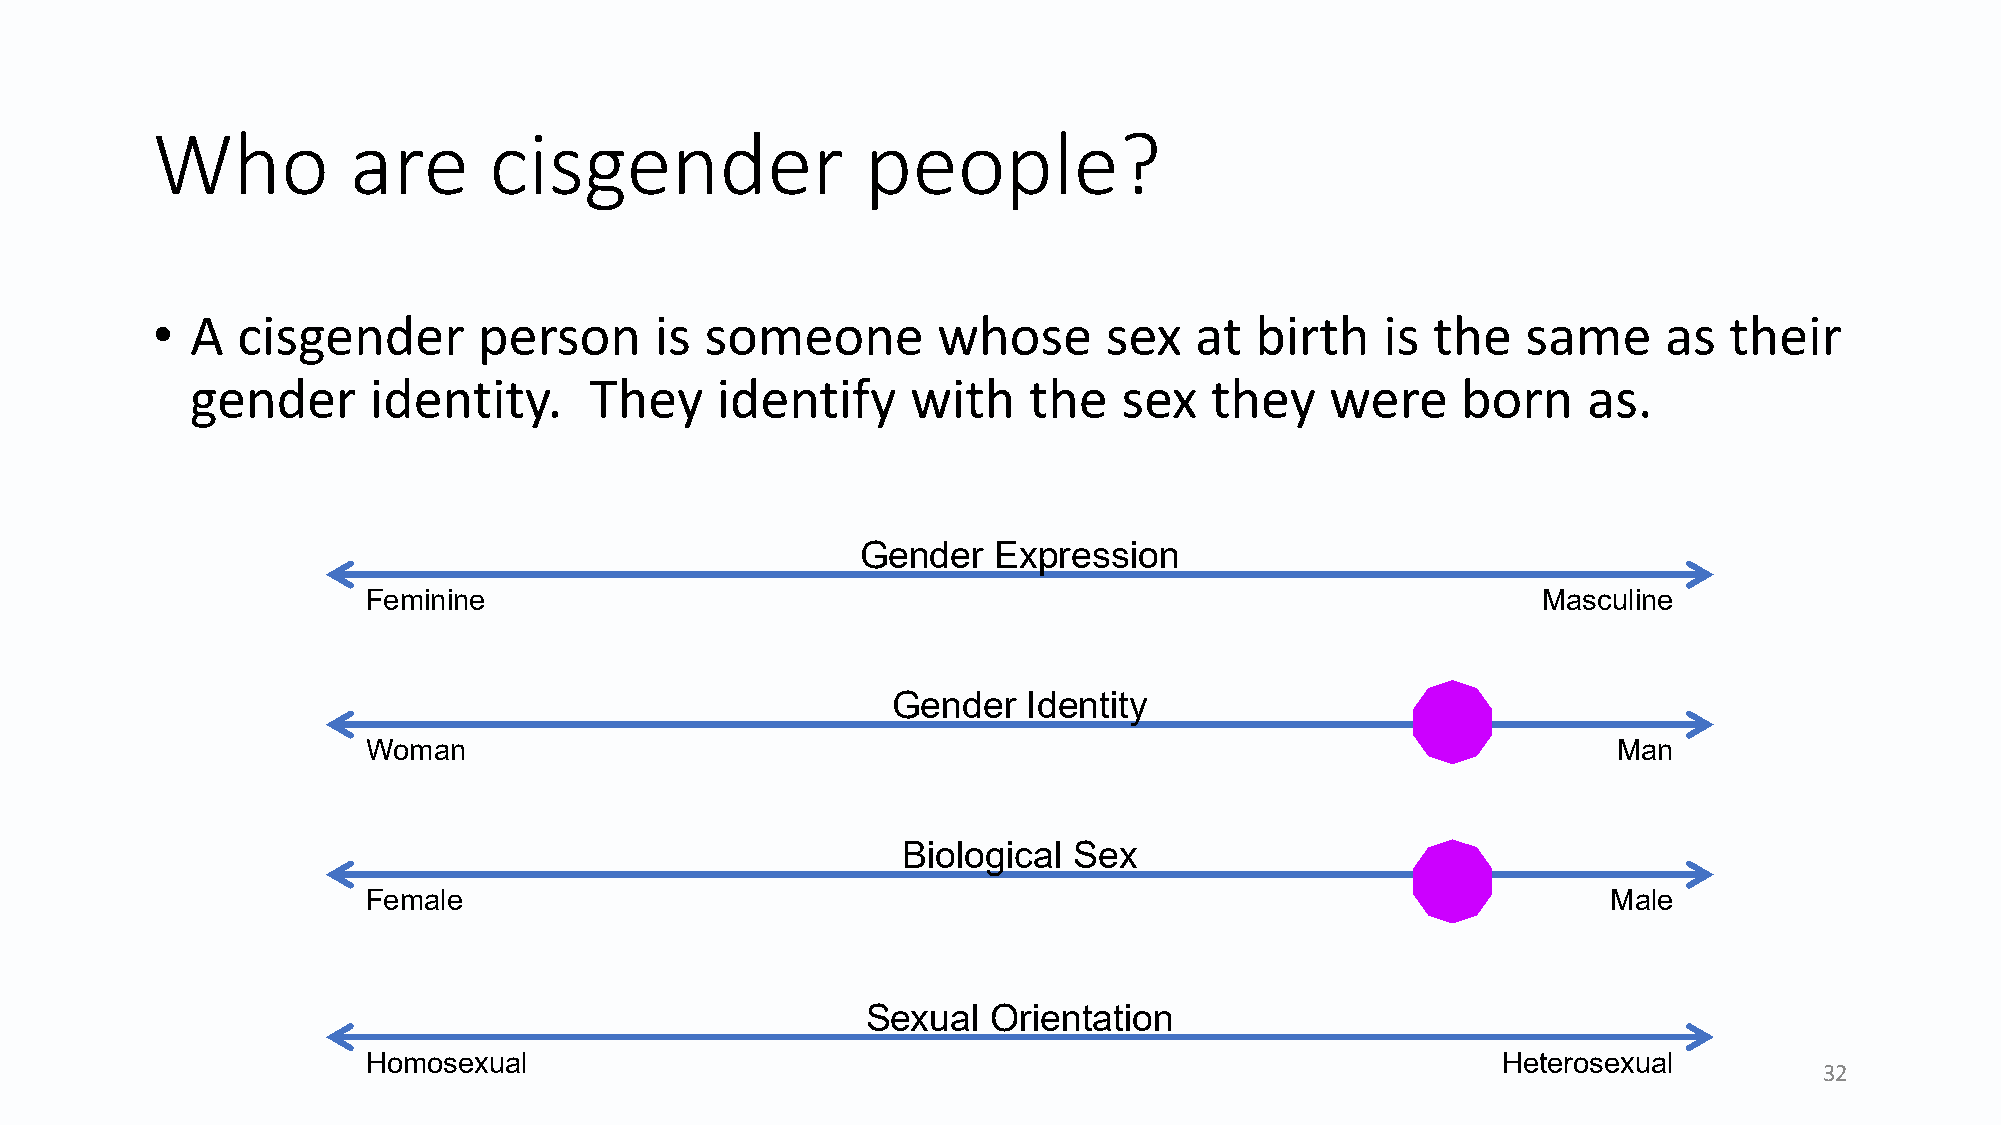
Who          are      cisgender                people?
 •  A  cisgender       person     is  someone        whose      sex   at  birth    is the   same     as  their
 gender     identity.      They    identify     with    the   sex   they    were     born    as.
 Gender   Expression
 Feminine                                                                      Masculine
 Gender   Identity
 Woman                                                                              Man
 Biological Sex
 Female                                                                             Male
 Sexual   Orientation
 Homosexual                                                                 Heterosexual
 32